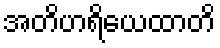
အတိဟရိယေထာတိ